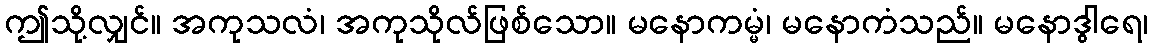
ဤသို့လျှင်။ အကုသလံ၊ အကုသိုလ်ဖြစ်သော။ မနောကမ္မံ၊ မနောကံသည်။ မနောဒွါရေ၊